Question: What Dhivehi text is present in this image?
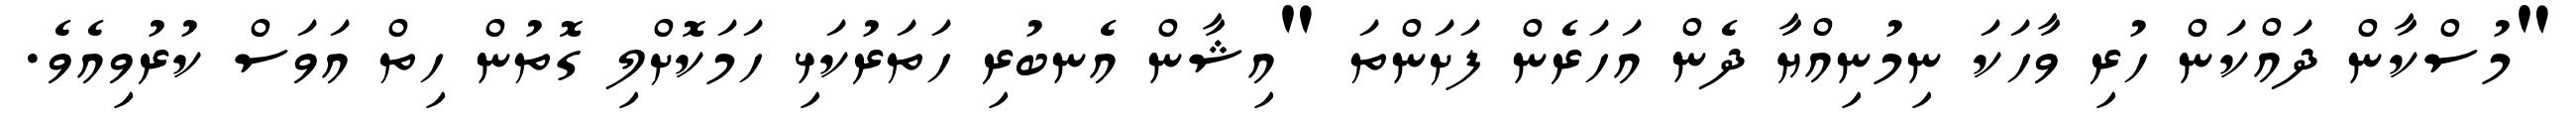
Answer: "މުސްކާން ދައްކަން ހުރި ވާހަކަ ނިމުނިއްޔާ ދެން އަހަރެން ފަށަންތަ "އިޝާން އެނބުރި ހަތަރުކަޅި ހަމަކޮށްލި ގޮތުން ހިތް އަވަސް ކުރުވިއެވެ.